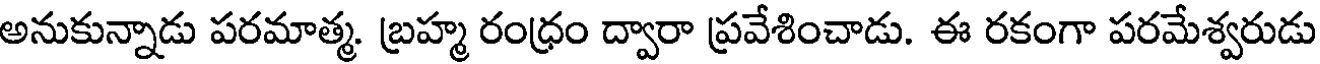
అనుకున్నాడు పరమాత్మ. బ్రహ్మ రంధ్రం ద్వారా ప్రవేశించాడు. ఈ రకంగా పరమేశ్వరుడు